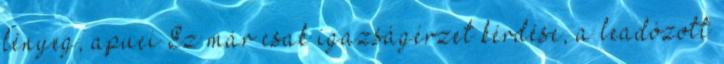
lényeg, apuci Ez már csak igazságérzet kérdése, a leadózott